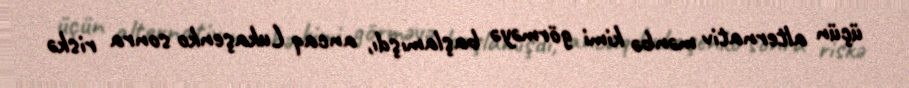
üçün alternativ mənbə kimi görməyə başlamışdı, ancaq Lukaşenko sonra riskə